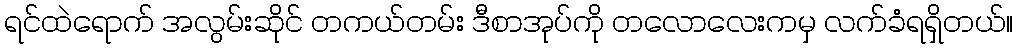
ရင်ထဲရောက် အလွမ်းဆိုင် တကယ်တမ်း ဒီစာအုပ်ကို တလောလေးကမှ လက်ခံရရှိတယ်။